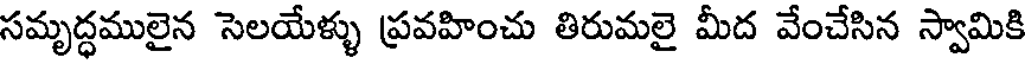
సమృద్ధములైన సెలయేళ్ళు ప్రవహించు తిరుమలై మీద వేంచేసిన స్వామికి